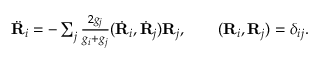
\begin{array} { r } { \ddot { \bf R } _ { i } = - \sum _ { j } \frac { 2 g _ { j } } { g _ { i } + g _ { j } } ( \dot { \bf R } _ { i } , \dot { \bf R } _ { j } ) { \bf R } _ { j } , \qquad ( { \bf R } _ { i } , { \bf R } _ { j } ) = \delta _ { i j } . } \end{array}